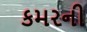
કમરની